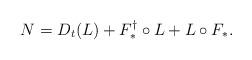
LaTeX: \begin{align*}N=D_t(L)+F_*^\dagger\circ L+L \circ F_*.\end{align*}